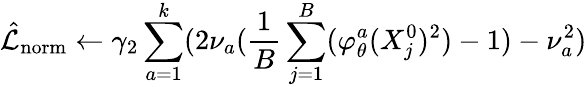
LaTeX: \hat{\mathcal{L}}_{\mathrm{{norm}}}\gets\gamma_{2}\sum_{a=1}^{k}(2\nu_{a}(\frac{1}{B}\sum_{j=1}^{B}(\varphi_{\theta}^{a}(X_{j}^{0})^{2})-1)-\nu_{a}^{2})